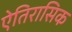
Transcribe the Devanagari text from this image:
ऐतिरासिक